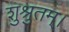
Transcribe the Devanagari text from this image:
शुश्रुतम्।